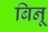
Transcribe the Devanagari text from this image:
बिनू